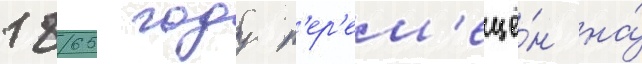
1865 году п'ер'ем'ещё́н на́